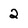
Character: 2